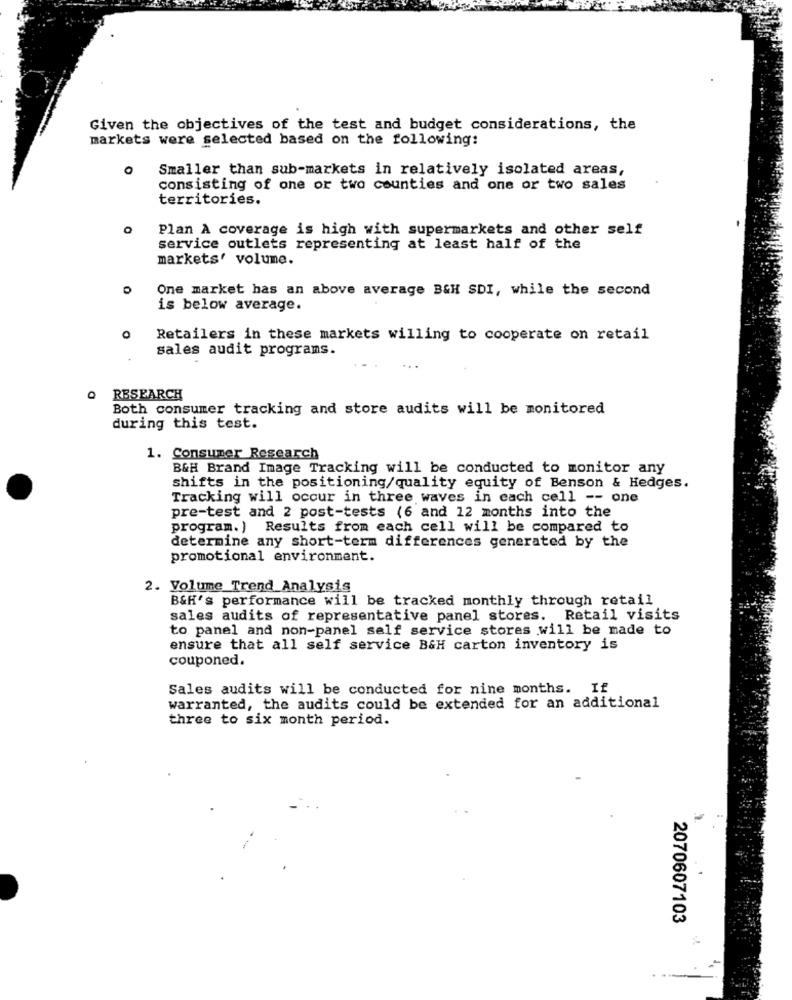
Given the objectives of the test and budget considerations, the
markets were selected based on the following:
Smaller than sub-markets in relatively isolated areas,
consisting of one or two counties and one or two sales
territories.
Plan A coverage is high with supermarkets and other self
service outlets representing at least half of the
markets' volume.
One market has an above average B&H SDI, while the second
is below average.
Retailers in these markets willing to cooperate on retail
sales audit programs.
Q RESEARCH
Both consumer tracking and store audits will be monitored
during this test.
1. Consumer Research
B&H Brand Image Tracking will be conducted to monitor any
shifts in the positioning/quality equity of Benson & Hedges.
Tracking will occur in three waves in each cell -- one
pre-test and 2 post-tests (6 and 12 months into the
program. ) Results from each cell will be compared to
determine any short-term differences generated by the
promotional environment.
2. Volume Trend Analysis
B&H's performance will be tracked monthly through retail
sales audits of representative panel stores. Retail visits
to panel and non-panel self service stores will be made to
ensure that all self service B&H carton inventory is
couponed.
Sales audits will be conducted for nine months. If
warranted, the audits could be extended for an additional
three to six month period.
2070607103